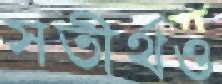
সতীর্থও